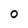
Character: 0